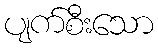
ပျက်စီးသော